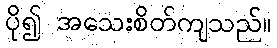
ပို၍ အသေးစိတ်ကျသည်။